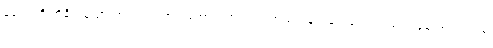
ခေါင်းကို ထိခိုက်မိထားတယ်၊ ရင်ဘတ်အောင့်လာတယ်၊ အသက်ရှုရ ခက်ခဲလာတယ်၊ ခြေထောက်၊လက်